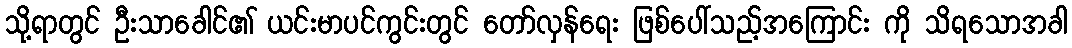
သို့ရာတွင် ဦးသာခေါင်၏ ယင်းမာပင်ကွင်းတွင် တော်လှန်ရေး ဖြစ်ပေါ်သည့်အကြောင်း ကို သိရသောအခါ